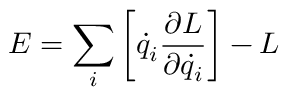
E = \sum _ { i } \left[ { \dot { q } } _ { i } { \frac { \partial L } { \partial { \dot { q } } _ { i } } } \right] - L